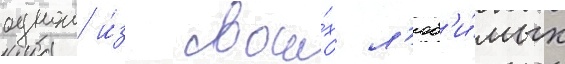
однои и́з свои́х л'юб'и́мых